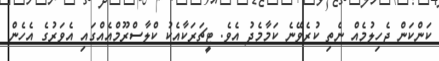
ކަންކަން ޖެހިލުމެއް ނެތި ކުރެވޭނެ ކަމާމެދު އެވެ. ޓީޗަރަކާއެކު ކްލާސްރޫމްއެއްގައި އެވަރުގެ އެހެން